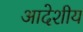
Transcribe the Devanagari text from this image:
आदेशीय